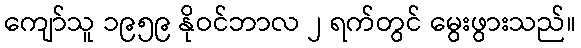
ကျော်သူ ၁၉၅၉ နိုဝင်ဘာလ ၂ ရက်တွင် မွေးဖွားသည်။